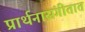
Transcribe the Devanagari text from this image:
प्रार्थनासंगीतात